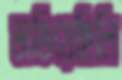
ভাঙিয়েছিলি